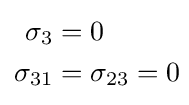
{\begin{aligned}\sigma _{3}&=0\!\\\sigma _{31}&=\sigma _{23}=0\!\end{aligned}}